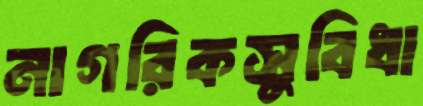
নাগরিকসুবিধা